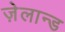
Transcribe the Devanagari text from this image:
ज़ेलान्ड